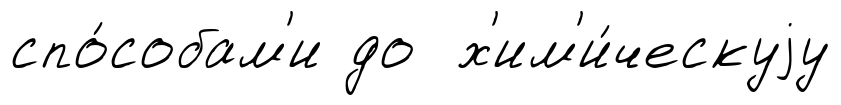
спо́собам'и до х'им'и́ческуjу